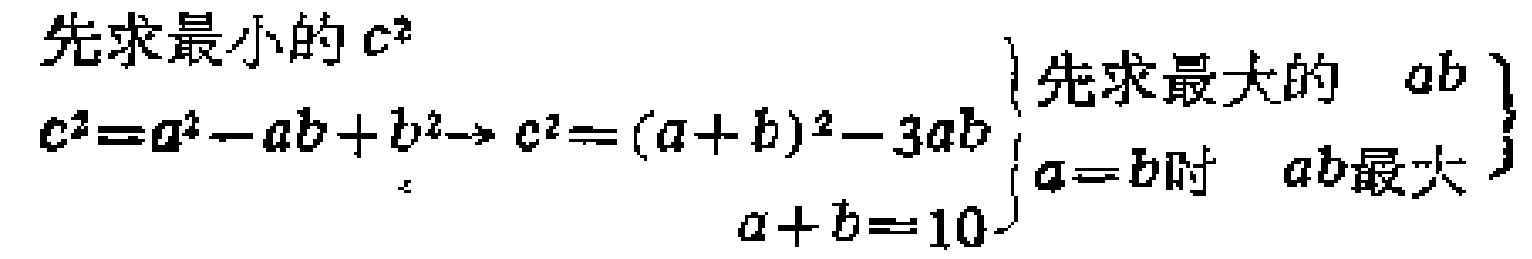
先求最小的 \(c^{2}\)
\(c^{2}=a^{2}-ab + b^{2}\rightarrow c^{2}=(a + b)^{2}-3ab\)
\(\left.\begin{array}{l}
\text{先求最大的 } ab \\
a = b\text{ 时 } ab\text{ 最大 } \\
a + b = 10
\end{array}\right\}\)